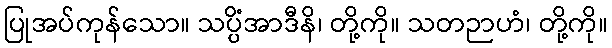
ပြုအပ်ကုန်သော။ သပ္ပိံအာဒီနိ၊ တို့ကို။ သတဉာဟံ၊ တို့ကို။